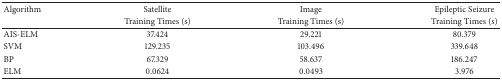
| Algorithm | Satellite | Image | Epileptic Seizure |
 |  | Training Times (s) | Training Times (s) | Training Times (s) |
 | --- | --- | --- | --- |
 | AIS-ELM | 37.424 | 29.221 | 80.379 |
 | SVM | 129.235 | 103.496 | 339.648 |
 | BP | 67.329 | 58.637 | 186.247 |
 | ELM | 0.0624 | 0.0493 | 3.976 |